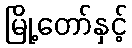
မြို့တော်နှင့်